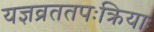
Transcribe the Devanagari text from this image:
यज्ञव्रततपःक्रियाः